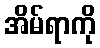
အိမ်ရာကို